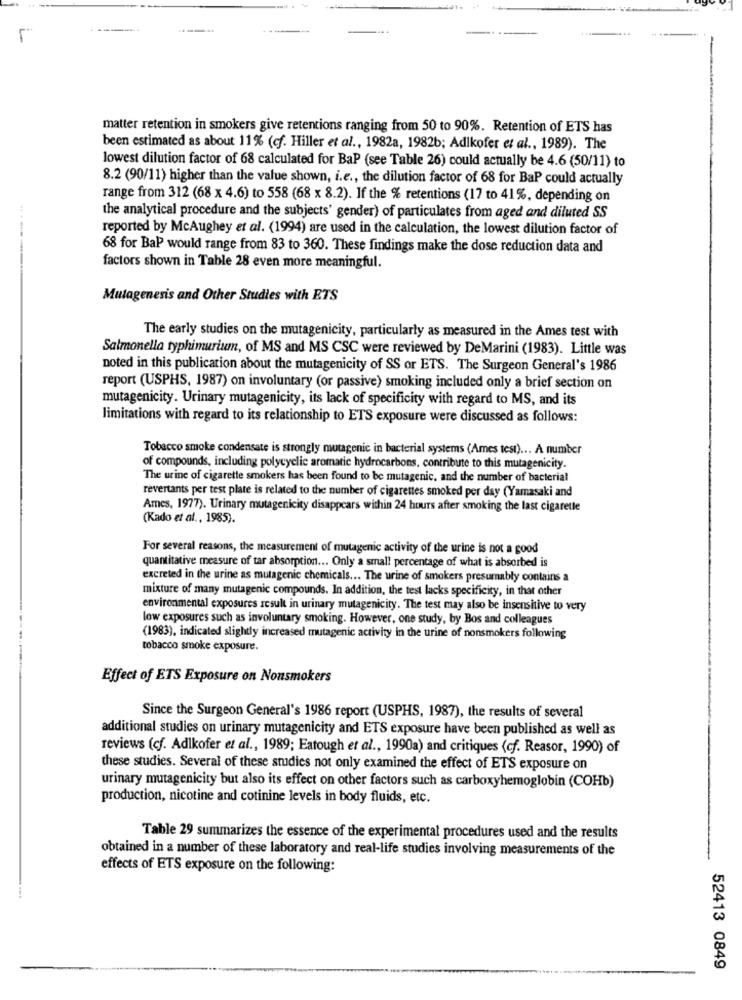
La
matter retention in smokers give retentions ranging from 50 to 90%. Retention of ETS has
been estimated as about 11% (cf. Hiller et al ., 1982a, 1982b; Adikofer et al ., 1989). The
lowest dilution factor of 68 calculated for BaP (see Table 26) could actually be 4.6 (50/11) to
8.2 (90/11) higher than the value shown, i.e ., the dilution factor of 68 for BaP could actually
range from 312 (68 x 4.6) to 558 (68 x 8.2). If the % retentions (17 to 41%, depending on
the analytical procedure and the subjects' gender) of particulates from aged and diluted SS
reported by McAughey et al. (1994) are used in the calculation, the lowest dilution factor of
68 for BaP would range from 83 to 360. These findings make the dose reduction data and
factors shown in Table 28 even more meaningful.
Mutagenesis and Other Studies with ETS
The early studies on the mutagenicity, particularly as measured in the Ames test with
Salmonella typhimurium, of MS and MS CSC were reviewed by DeMarini (1983). Little was
noted in this publication about the mutagenicity of SS or ETS. The Surgeon General's 1986
report (USPHS, 1987) on involuntary (or passive) smoking included only a brief section on
mutagenicity. Urinary mutagenicity, its lack of specificity with regard to MS, and its
limitations with regard to its relationship to ETS exposure were discussed as follows:
Tobacco smoke condensate is strongly mutagenic in bacterial systems (Ames test) ... A number
of compounds, including polycyclic aromatic hydrocarbons, contribute to this mutagenicity.
The urine of cigarette smokers has been found to be mutagenic, and the number of bacterial
revertants per test plate is related to the number of cigarettes smoked per day (Yamasaki and
Ames, 1977). Urinary mutagenicity disappears within 24 hours after smoking the last cigarette
(Kado et al ., 1985).
For several reasons, the measurement of mutagenic activity of the urine is not a good
quantitative measure of tar absorption ... Only a small percentage of what is absorbed is
excreted in the urine as mutagenic chemicals ... The urine of smokers presumably contains a
mixture of many mutagenic compounds. In addition, the test lacks specificity, in that other
environmental exposures result in urinary mutagenicity. The test may also be insensitive to very
low exposures such as involuntary smoking. However, one study, by Bos and colleagues
(1983), indicated slightly increased mutagenic activity in the urine of nonsmokers following
tobacco smoke exposure.
Effect of ETS Exposure on Nonsmokers
Since the Surgeon General's 1986 report (USPHS, 1987), the results of several
additional studies on urinary mutagenicity and ETS exposure have been published as well as
reviews (cf. Adlkofer et al ., 1989; Eatough et al ., 1990a) and critiques (cf. Reasor, 1990) of
these studies. Several of these studies not only examined the effect of ETS exposure on
urinary mutagenicity but also its effect on other factors such as carboxyhemoglobin (COHb)
production, nicotine and cotinine levels in body fluids, etc.
Table 29 summarizes the essence of the experimental procedures used and the results
obtained in a number of these laboratory and real-life studies involving measurements of the
effects of ETS exposure on the following:
52413 0849